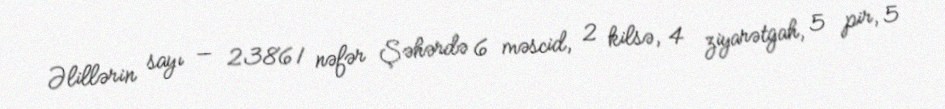
Əlillərin sayı — 23861 nəfər Şəhərdə 6 məscid, 2 kilsə, 4 ziyarətgah, 5 pir, 5